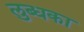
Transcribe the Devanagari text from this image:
लुब्धका